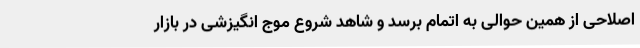
اصلاحی از همین حوالی به اتمام برسد و شاهد شروع موج انگیزشی در بازار